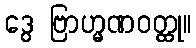
ဒွေ ဗြာဟ္မဏဝတ္ထု။